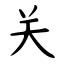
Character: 关